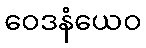
ဝေဒနံယေဝ